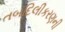
તબદિલીકરણની